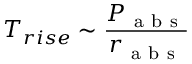
T _ { r i s e } \sim \frac { P _ { \mathrm { ~ a ~ b ~ s ~ } } } { r _ { \mathrm { ~ a ~ b ~ s ~ } } }